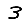
Digit: 3